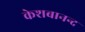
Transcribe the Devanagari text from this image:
केशबानन्द